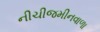
નીચીજમીનવાળા